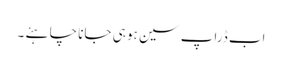
اب ڈراپ سین ہو ہی جانا چا ہئے ۔